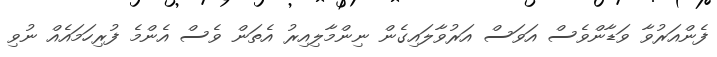
ފެންއަރުވާ ވަޑާންވެސް އަވަސް އަރުވާލައިގެން ނިންމާލިއިރު އެތަން ވެސް އެންމެ ފުރިހަމައެއް ނުވި